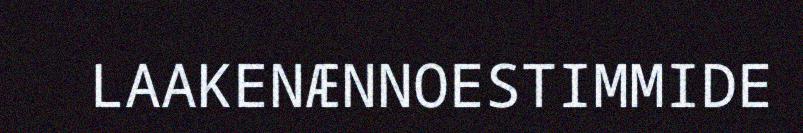
LAAKENÆNNOESTIMMIDE